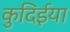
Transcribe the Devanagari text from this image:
कुदिईया